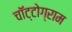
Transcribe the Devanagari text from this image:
चॉट्टोग्राम